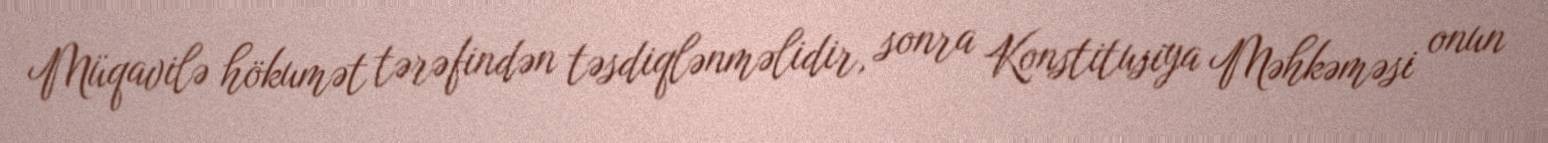
Müqavilə hökumət tərəfindən təsdiqlənməlidir, sonra Konstitusiya Məhkəməsi onun